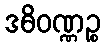
ဒဓိဝဏ္ဏဉ္စ